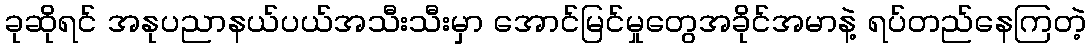
ခုဆိုရင် အနုပညာနယ်ပယ်အသီးသီးမှာ အောင်မြင်မှုတွေအခိုင်အမာနဲ့ ရပ်တည်နေကြတဲ့